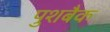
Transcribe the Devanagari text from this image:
पुशबैक